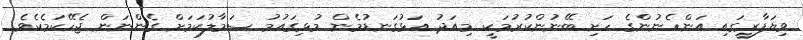
ވިޔަފާރީގައި އަންހެނުންގެ ހަށި ބޭނުންކުރުމަކީ މިއަދު އަޅުގަނޑުމެން މުޅިގައުމު ސަމާލުކަމަށް ގެންނަން ޖެހޭކަމެކެވެ.